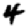
Digit: 4